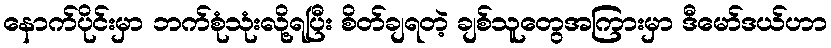
နောက်ပိုင်းမှာ ဘက်စုံသုံးလို့ရပြီး စိတ်ချရတဲ့ ချစ်သူတွေအကြားမှာ ဒီမော်ဒယ်ဟာ